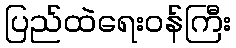
ပြည်ထဲရေးဝန်ကြီး